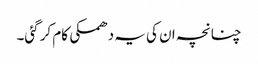
چنانچہ ان کی یہ دھمکی کام کر گئی۔